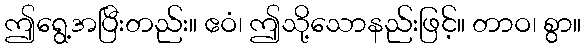
ဤရွေ့အပြီးတည်း။ ဧဝံ၊ ဤသို့သောနည်းဖြင့်။ တာဝ၊ စွာ။